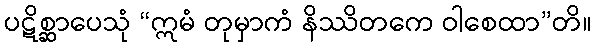
ပဋိစ္ဆာပေသုံ “ဣမံ တုမှာကံ နိဿိတကေ ဝါစေထာ”တိ။